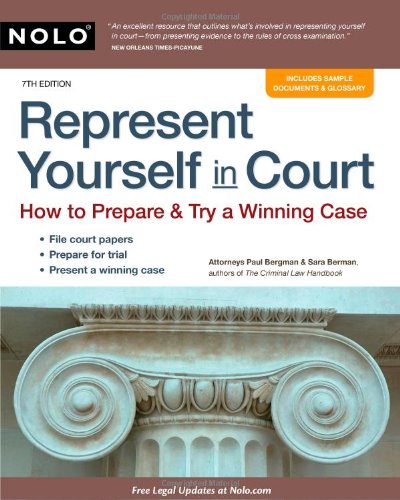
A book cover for Represent Yourself in Court: How to Prepare & Try a Winning Case; Paul Bergman; Law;